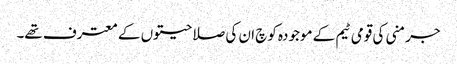
جرمنی کی قومی ٹیم کے موجودہ کوچ ان کی صلاحیتوں کے معترف تھے۔